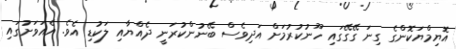
އޮޔިމްޔަކޮންގެ ގިނަ ގޭގޭގައި ހޫނުކުރުމަށް އަދިވެސް ބޭނުންކުރަނީ ދެއްޔާއި ލަކުޑި އެވެ. އެއަވަށުގައި